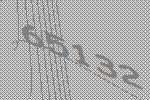
65132